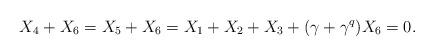
LaTeX: \begin{align*}X_4 + X_6 = X_5 + X_6 = X_1 + X_2 + X_3 + (\gamma + \gamma^q) X_6 = 0.\end{align*}